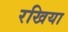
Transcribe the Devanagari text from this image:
रखिया